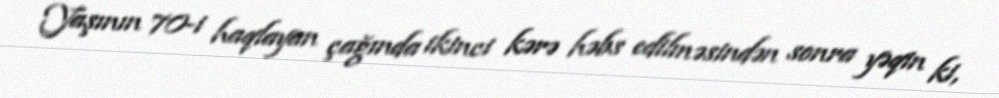
Yaşının 70-i haqlayan çağında ikinci kərə həbs edilməsindən sonra yəqin ki,